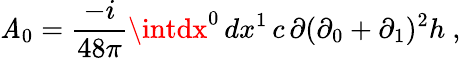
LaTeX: {\cal\mathit{A}}_{0}=\frac{{-i}}{{48\pi}}\intdx^{0}\, dx^{1}\, c\, \partial(\partial_{0}+\partial_{1})^{2}h\ ,